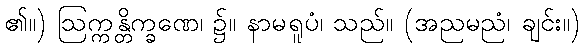
၏။) ဩက္ကန္တိက္ခဏေ၊ ၌။ နာမရူပံ၊ သည်။ (အညမညံ၊ ချင်း။)